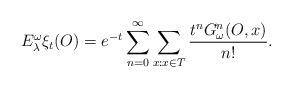
LaTeX: \begin{align*}E_{\lambda}^{\omega}\xi_t(O)=e^{-t}\sum_{n=0}^{\infty}\sum_{x:x\in T}\frac{t^nG_{\omega}^n(O,x)}{n!}.\end{align*}